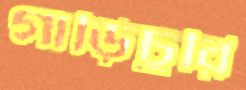
গাড়িচুরি